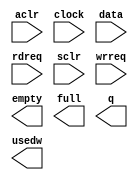
// megafunction wizard: %FIFO%VBB%
// GENERATION: STANDARD
// VERSION: WM1.0
// MODULE: scfifo 

// ============================================================
// Megafunction Name(s):
// 			scfifo
//
// Simulation Library Files(s):
// 			altera_mf
// ============================================================
// ************************************************************
// THIS IS A WIZARD-GENERATED FILE. DO NOT EDIT THIS FILE!
//
// 12.1 Build 177 11/07/2012 SJ Web Edition
// ************************************************************

//Copyright (C) 1991-2012 Altera Corporation
//Your use of Altera Corporation's design tools, logic functions 
//and other software and tools, and its AMPP partner logic 
//functions, and any output files from any of the foregoing 
//(including device programming or simulation files), and any 
//associated documentation or information are expressly subject 
//to the terms and conditions of the Altera Program License 
//Subscription Agreement, Altera MegaCore Function License 
//Agreement, or other applicable license agreement, including, 
//without limitation, that your use is for the sole purpose of 
//programming logic devices manufactured by Altera and sold by 
//Altera or its authorized distributors.  Please refer to the 
//applicable agreement for further details.

module fifoOut (
	aclr,
	clock,
	data,
	rdreq,
	sclr,
	wrreq,
	empty,
	full,
	q,
	usedw);

	input	  aclr;
	input	  clock;
	input	[17:0]  data;
	input	  rdreq;
	input	  sclr;
	input	  wrreq;
	output	  empty;
	output	  full;
	output	[17:0]  q;
	output	[3:0]  usedw;

endmodule

// ============================================================
// CNX file retrieval info
// ============================================================
// Retrieval info: PRIVATE: AlmostEmpty NUMERIC "0"
// Retrieval info: PRIVATE: AlmostEmptyThr NUMERIC "-1"
// Retrieval info: PRIVATE: AlmostFull NUMERIC "0"
// Retrieval info: PRIVATE: AlmostFullThr NUMERIC "-1"
// Retrieval info: PRIVATE: CLOCKS_ARE_SYNCHRONIZED NUMERIC "0"
// Retrieval info: PRIVATE: Clock NUMERIC "0"
// Retrieval info: PRIVATE: Depth NUMERIC "16"
// Retrieval info: PRIVATE: Empty NUMERIC "1"
// Retrieval info: PRIVATE: Full NUMERIC "1"
// Retrieval info: PRIVATE: INTENDED_DEVICE_FAMILY STRING "Cyclone II"
// Retrieval info: PRIVATE: LE_BasedFIFO NUMERIC "0"
// Retrieval info: PRIVATE: LegacyRREQ NUMERIC "1"
// Retrieval info: PRIVATE: MAX_DEPTH_BY_9 NUMERIC "0"
// Retrieval info: PRIVATE: OVERFLOW_CHECKING NUMERIC "0"
// Retrieval info: PRIVATE: Optimize NUMERIC "0"
// Retrieval info: PRIVATE: RAM_BLOCK_TYPE NUMERIC "0"
// Retrieval info: PRIVATE: SYNTH_WRAPPER_GEN_POSTFIX STRING "0"
// Retrieval info: PRIVATE: UNDERFLOW_CHECKING NUMERIC "0"
// Retrieval info: PRIVATE: UsedW NUMERIC "1"
// Retrieval info: PRIVATE: Width NUMERIC "18"
// Retrieval info: PRIVATE: dc_aclr NUMERIC "0"
// Retrieval info: PRIVATE: diff_widths NUMERIC "0"
// Retrieval info: PRIVATE: msb_usedw NUMERIC "0"
// Retrieval info: PRIVATE: output_width NUMERIC "18"
// Retrieval info: PRIVATE: rsEmpty NUMERIC "1"
// Retrieval info: PRIVATE: rsFull NUMERIC "0"
// Retrieval info: PRIVATE: rsUsedW NUMERIC "0"
// Retrieval info: PRIVATE: sc_aclr NUMERIC "1"
// Retrieval info: PRIVATE: sc_sclr NUMERIC "1"
// Retrieval info: PRIVATE: wsEmpty NUMERIC "0"
// Retrieval info: PRIVATE: wsFull NUMERIC "1"
// Retrieval info: PRIVATE: wsUsedW NUMERIC "0"
// Retrieval info: LIBRARY: altera_mf altera_mf.altera_mf_components.all
// Retrieval info: CONSTANT: ADD_RAM_OUTPUT_REGISTER STRING "OFF"
// Retrieval info: CONSTANT: INTENDED_DEVICE_FAMILY STRING "Cyclone II"
// Retrieval info: CONSTANT: LPM_NUMWORDS NUMERIC "16"
// Retrieval info: CONSTANT: LPM_SHOWAHEAD STRING "OFF"
// Retrieval info: CONSTANT: LPM_TYPE STRING "scfifo"
// Retrieval info: CONSTANT: LPM_WIDTH NUMERIC "18"
// Retrieval info: CONSTANT: LPM_WIDTHU NUMERIC "4"
// Retrieval info: CONSTANT: OVERFLOW_CHECKING STRING "ON"
// Retrieval info: CONSTANT: UNDERFLOW_CHECKING STRING "ON"
// Retrieval info: CONSTANT: USE_EAB STRING "ON"
// Retrieval info: USED_PORT: aclr 0 0 0 0 INPUT NODEFVAL "aclr"
// Retrieval info: USED_PORT: clock 0 0 0 0 INPUT NODEFVAL "clock"
// Retrieval info: USED_PORT: data 0 0 18 0 INPUT NODEFVAL "data[17..0]"
// Retrieval info: USED_PORT: empty 0 0 0 0 OUTPUT NODEFVAL "empty"
// Retrieval info: USED_PORT: full 0 0 0 0 OUTPUT NODEFVAL "full"
// Retrieval info: USED_PORT: q 0 0 18 0 OUTPUT NODEFVAL "q[17..0]"
// Retrieval info: USED_PORT: rdreq 0 0 0 0 INPUT NODEFVAL "rdreq"
// Retrieval info: USED_PORT: sclr 0 0 0 0 INPUT NODEFVAL "sclr"
// Retrieval info: USED_PORT: usedw 0 0 4 0 OUTPUT NODEFVAL "usedw[3..0]"
// Retrieval info: USED_PORT: wrreq 0 0 0 0 INPUT NODEFVAL "wrreq"
// Retrieval info: CONNECT: @aclr 0 0 0 0 aclr 0 0 0 0
// Retrieval info: CONNECT: @clock 0 0 0 0 clock 0 0 0 0
// Retrieval info: CONNECT: @data 0 0 18 0 data 0 0 18 0
// Retrieval info: CONNECT: @rdreq 0 0 0 0 rdreq 0 0 0 0
// Retrieval info: CONNECT: @sclr 0 0 0 0 sclr 0 0 0 0
// Retrieval info: CONNECT: @wrreq 0 0 0 0 wrreq 0 0 0 0
// Retrieval info: CONNECT: empty 0 0 0 0 @empty 0 0 0 0
// Retrieval info: CONNECT: full 0 0 0 0 @full 0 0 0 0
// Retrieval info: CONNECT: q 0 0 18 0 @q 0 0 18 0
// Retrieval info: CONNECT: usedw 0 0 4 0 @usedw 0 0 4 0
// Retrieval info: GEN_FILE: TYPE_NORMAL fifoOut.v TRUE
// Retrieval info: GEN_FILE: TYPE_NORMAL fifoOut.inc FALSE
// Retrieval info: GEN_FILE: TYPE_NORMAL fifoOut.cmp FALSE
// Retrieval info: GEN_FILE: TYPE_NORMAL fifoOut.bsf TRUE
// Retrieval info: GEN_FILE: TYPE_NORMAL fifoOut_inst.v TRUE
// Retrieval info: GEN_FILE: TYPE_NORMAL fifoOut_bb.v TRUE
// Retrieval info: LIB_FILE: altera_mf